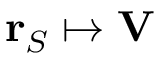
\mathbf { r } _ { S } \mapsto \mathbf { V }